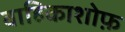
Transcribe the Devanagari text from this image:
वाहिकाशोफ़